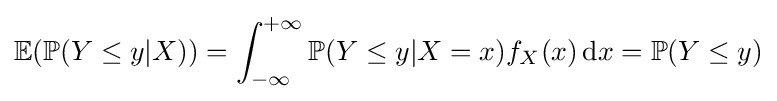
\mathbb {E} (\mathbb {P} (Y\leq y|X))=\int _{-\infty }^{+\infty }\mathbb {P} (Y\leq y|X=x)f_{X}(x)\,\mathrm {d} x=\mathbb {P} (Y\leq y)